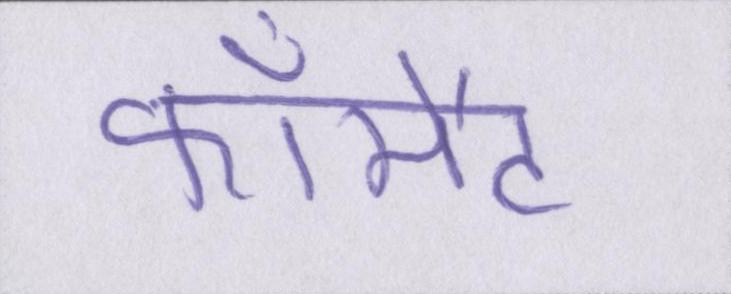
फॉर्मेट